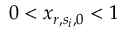
0 < x _ { r , s _ { i } , 0 } < 1